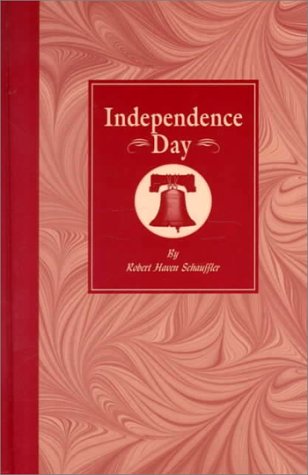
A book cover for Independence Day (Our American Holidays); Children's Books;